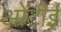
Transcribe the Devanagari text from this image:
ओटीई